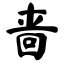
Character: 啬